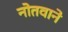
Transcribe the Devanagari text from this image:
नोतवाने